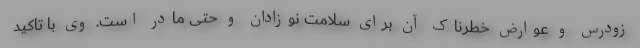
زودرس و عوارض خطرناک آن برای سلامت نوزادان و حتی مادر است. وی با تاکید